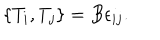
\{ T _ { i } , T _ { j } \} = B \epsilon _ { i j } .